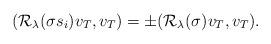
LaTeX: \begin{align*}(\mathcal{R}_\lambda(\sigma s_i) v_T,v_T)=\pm (\mathcal{R}_\lambda(\sigma) v_T,v_T).\end{align*}